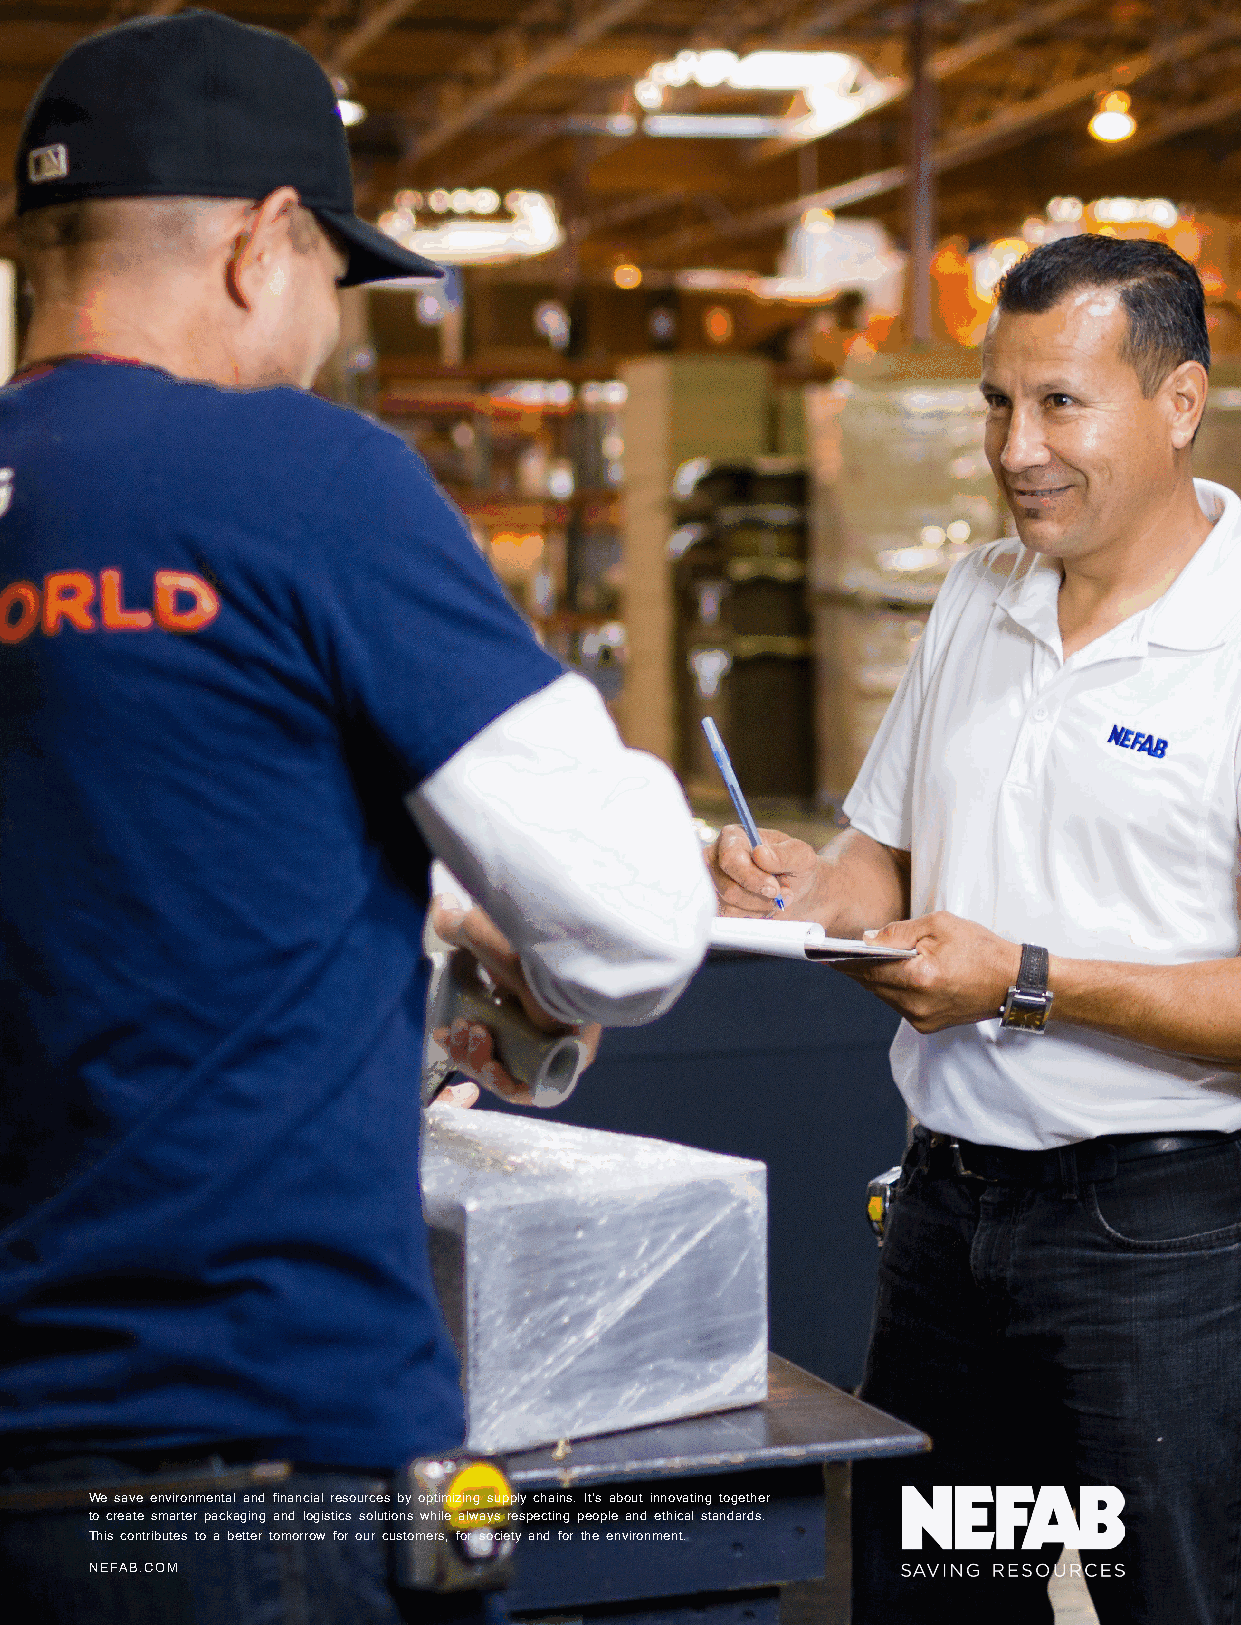
We save environmental and financial resources by optimizing supply chains. It’s about innovating together
 to create smarter packaging and logistics solutions while always respecting people and ethical standards.
 This contributes to a better tomorrow for our customers, for society and for the environment.
 NEFAB.COM